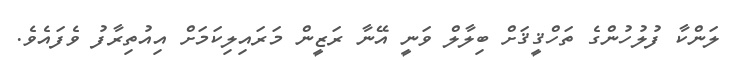
ލަންކާ ފުލުހުންގެ ތަހްޤީޤަށް ބިލާލް ވަނީ އޭނާ ރަޒީން މަރައިލިކަމަށް އިއުތިރާފު ވެފައެވެ.